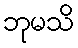
ဘုမသိ